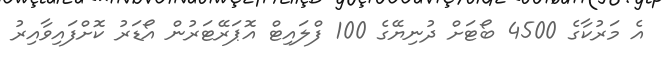
އެ މަރުކާގެ 4500 ބޯޓަށް ދުނިޔޭގެ 100 ފްލައިޓް އޮޕަރޭޓަރުން އޯޑަރު ކޮށްފައިވާއިރު